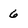
Character: 6